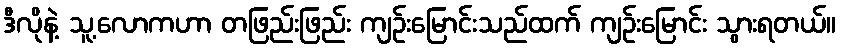
ဒီလိုနဲ့ သူ့လောကဟာ တဖြည်းဖြည်း ကျဉ်းမြောင်းသည်ထက် ကျဉ်းမြောင်း သွားရတယ်။